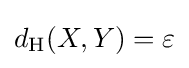
d_{\mathrm {H} }(X,Y)=\varepsilon